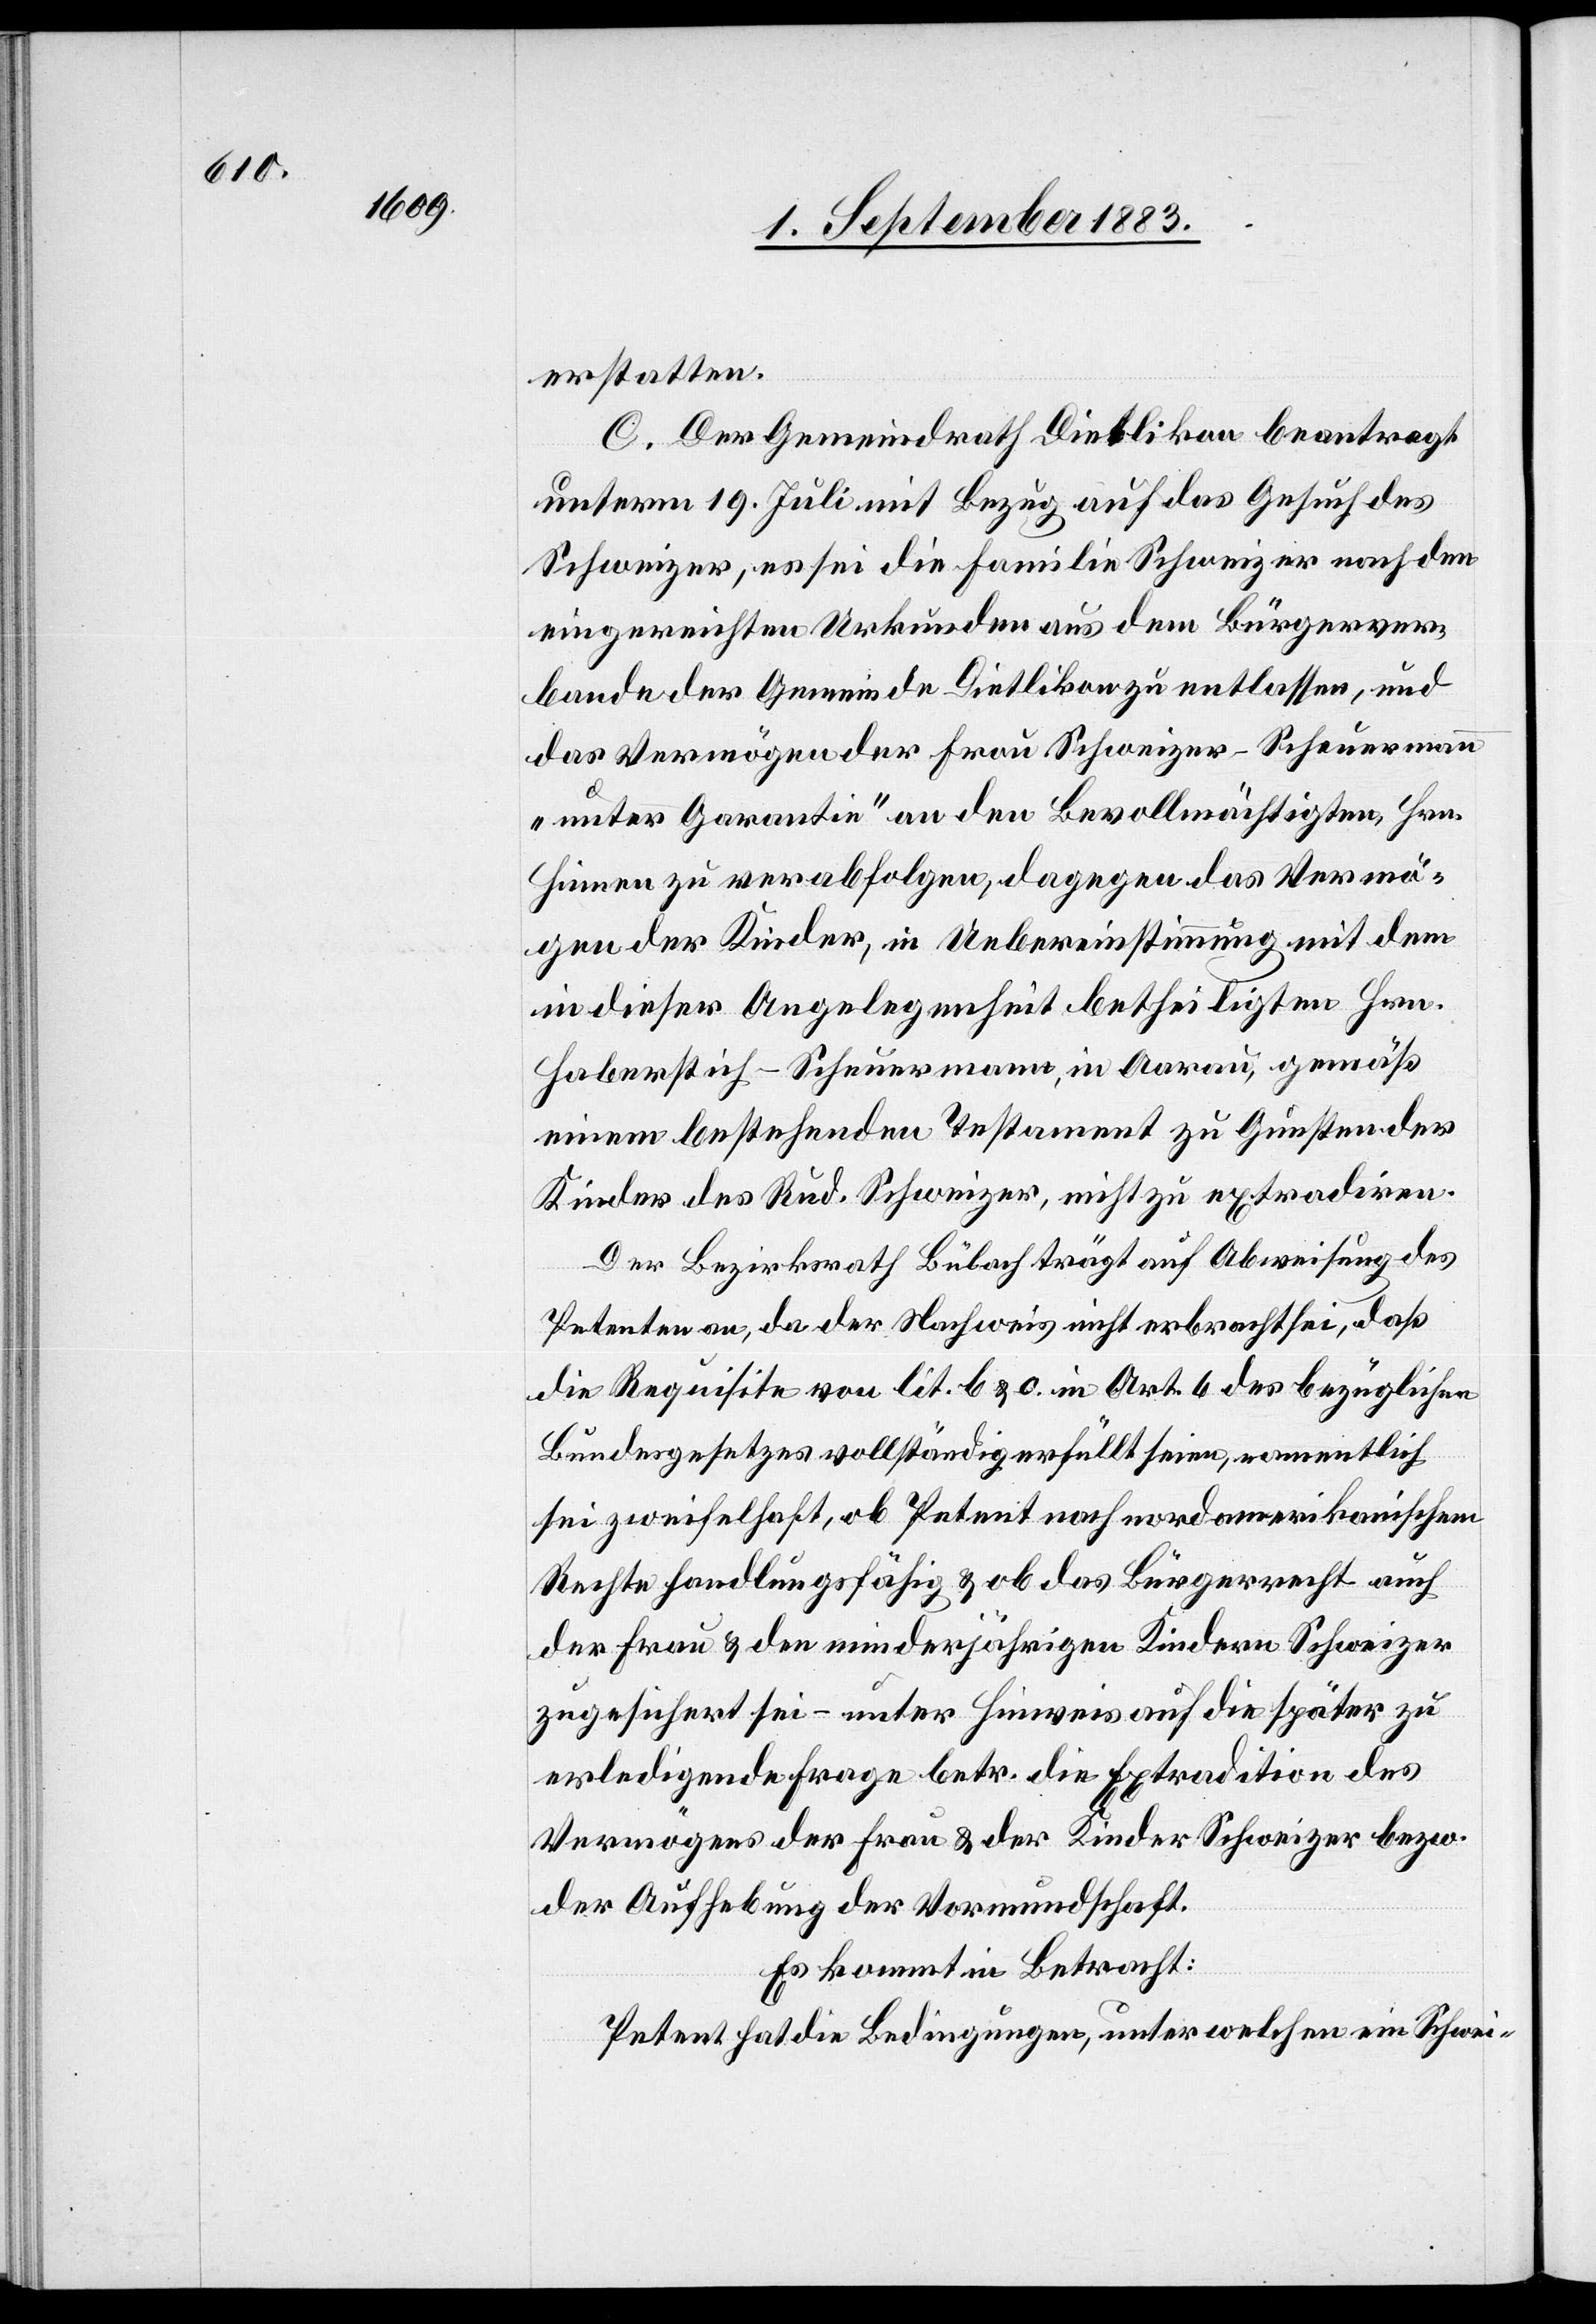
erstatten.
C. Der Gemeindrath Dietlikon beantragt
unterm 19. Juli mit Bezug auf das Gesuch des
Schweizer, es sei die Familie Schweizer nach den
eingereichten Urkunden aus dem Bürgerver¬
bande der Gemeinde Dietlikon zu entlassen, und
das Vermögen der Frau Schweizer-Scheuermann
„unter Garantie“ an den Bevollmächtigten, Hrn.
Hinnen zu verabfolgen, dagegen das Vermö¬
gen der Kinder, in Uebereinstimmung mit dem
in dieser Angelegenheit betheiligten Hrn.
Haberstein-Scheuermann, in Aarau, gemäß
einem bestehenden Testament zu Gunsten der
Kinder des Rud. Schweizer, nicht zu extradiren.
Der Bezirksrath Bülach trägt auf Abweisung des
Petenten an, da der Nachweis nicht erbracht sei, daß
die Requisite von lit. b & c in Art. 6 des bezüglichen
Bundesgesetzes vollständig erfüllt seien, namentlich
sei zweifelhaft, ob Petent nach nordamerikanischem
Rechte handlungsfähig & ob das Bürgerrecht auch
der Frau & den minderjährigen Kindern Schweizer
zugesichert sei – unter Hinweis auf die später zu
erledigende Frage betr. die Extradition des
Vermögens der Frau & der Kinder Schweizer bezw.
der Aufhebung der Vormundschaft.
Es kommt in Betracht:
Petent hat die Bedingungen, unter welchen ein Schwei-